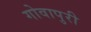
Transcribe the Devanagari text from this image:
गोवापुरी